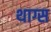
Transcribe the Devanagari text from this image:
थाग्स